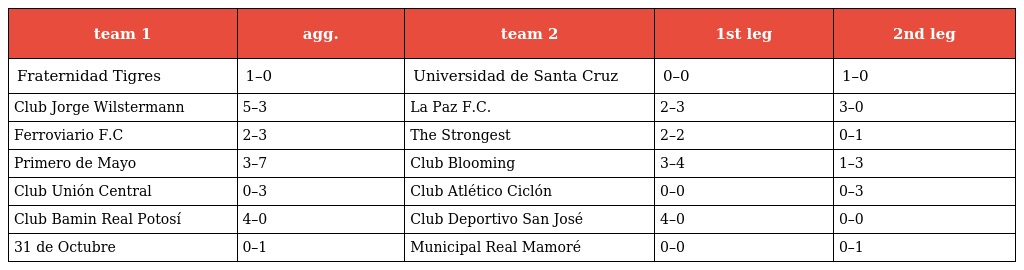
| team 1 | agg. | team 2 | 1st leg | 2nd leg |
 | --- | --- | --- | --- | --- |
 | Fraternidad Tigres | 1–0 | Universidad de Santa Cruz | 0–0 | 1–0 |
 | Club Jorge Wilstermann | 5–3 | La Paz F.C. | 2–3 | 3–0 |
 | Ferroviario F.C | 2–3 | The Strongest | 2–2 | 0–1 |
 | Primero de Mayo | 3–7 | Club Blooming | 3–4 | 1–3 |
 | Club Unión Central | 0–3 | Club Atlético Ciclón | 0–0 | 0–3 |
 | Club Bamin Real Potosí | 4–0 | Club Deportivo San José | 4–0 | 0–0 |
 | 31 de Octubre | 0–1 | Municipal Real Mamoré | 0–0 | 0–1 |